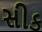
સીક